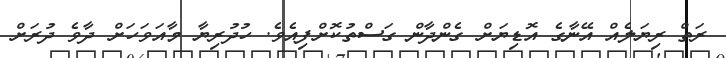
ރަތް ރިޔަލެއް އޭނާގެ އޮޑިޔަށް ގެންދާން ގަސްތުކޮށްފިއެވެ. ހުދުރިޔާ މާއަވަހަށް ދާވެ ދުރަށް